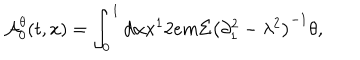
LaTeX: { \cal A } _ { 0 } ^ { \theta } ( t , x ) = \int _ { 0 } ^ { 1 } { d \alpha x ^ { 1 } } 2 e m \Sigma \left( { \partial _ { 1 } ^ { 2 } - \lambda ^ { 2 } } \right) ^ { - 1 } \theta ,